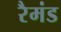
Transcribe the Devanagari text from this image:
रैमंड